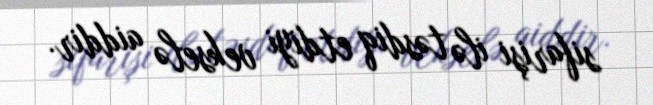
sifarişi ilə təsdiq etdiyi vekselə aiddir.